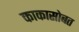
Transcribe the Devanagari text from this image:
काकासोबत